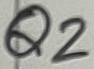
Text: Q2